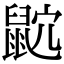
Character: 𪕎